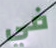
في